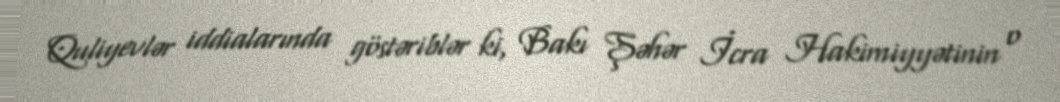
Quliyevlər iddialarında göstəriblər ki, Bakı Şəhər İcra Hakimiyyətinin o